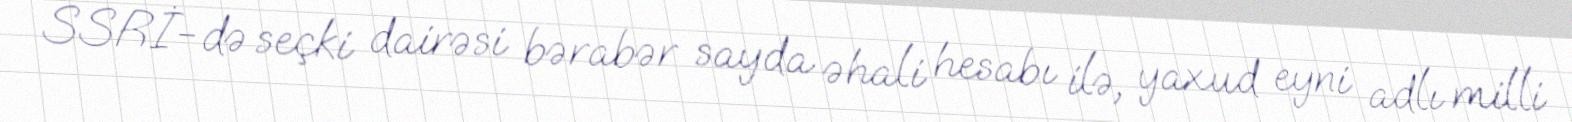
SSRİ-də seçki dairəsi bərabər sayda əhali hesabı ilə, yaxud eyni adlı milli